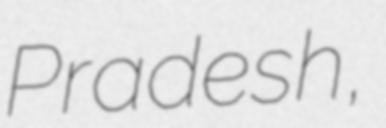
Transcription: Pradesh,